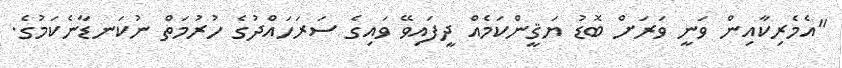
"އެމެރިކާއިން ވަނީ ވަރަށް ބޮޑު ޔަޤީންކަމެއް ދީފައިވޭ ވައިގެ ސަރަހައްދުގެ ހުރުމަތް ނުކަނޑާނެކަމުގެ.